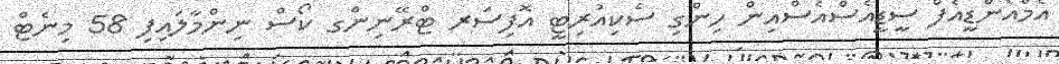
އެމްއެންޑީއެފް ސީޑީއެސްއެސްއިން ހިންގި ސެކިއުރިޓީ އޮފިސަރ ޓްރޭނިންގ ކޯސް ނިންމާލައިފި 58 މިނެޓް